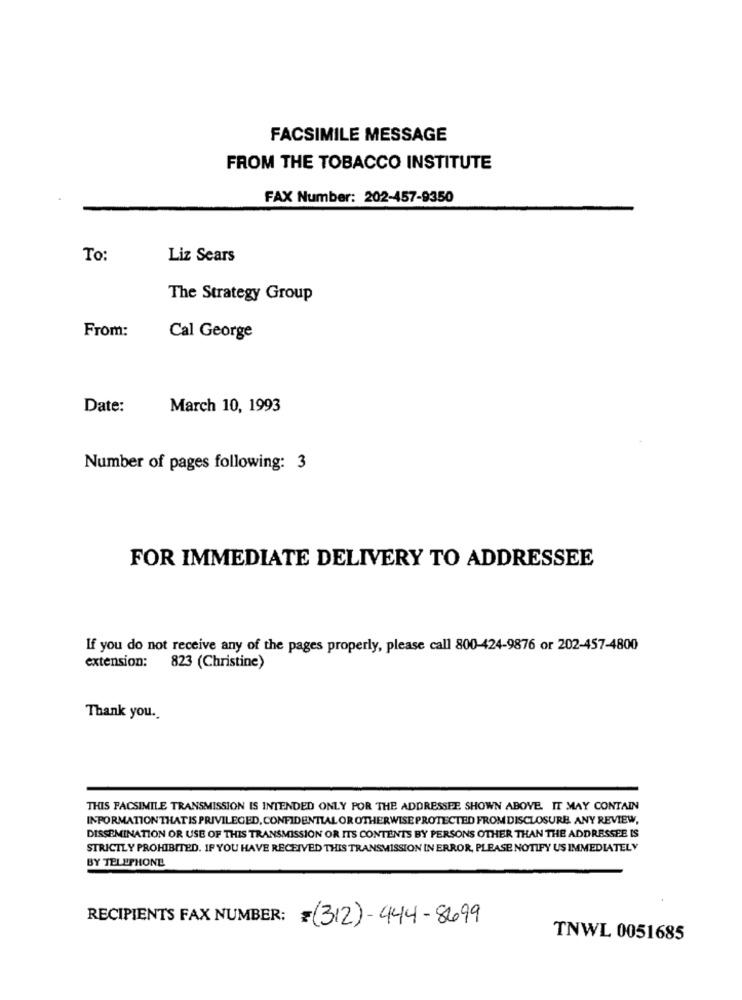
FACSIMILE MESSAGE
FROM THE TOBACCO INSTITUTE
FAX Number: 202-457-9350
To:
Liz Sears
The Strategy Group
From:
Cal George
Date:
March 10, 1993
Number of pages following: 3
FOR IMMEDIATE DELIVERY TO ADDRESSEE
If you do not receive any of the pages properly, please call 800-424-9876 or 202-457-4800
extension: 823 (Christine)
Thank you.
THIS FACSIMILE TRANSMISSION IS INTENDED ONLY FOR THE ADDRESSEE SHOWN ABOVE. IT MAY CONTAIN
INFORMATIONTHAT IS PRIVILEGED, CONFIDENTIAL OR OTHERWISE PROTECTED FROM DISCLOSURE ANY REVIEW,
DISSEMINATION OR USE OF THIS TRANSMISSION OR ITS CONTENTS BY PERSONS OTHER THAN THE ADDRESSEE IS
STRICTLY PROHIBITED. IF YOU HAVE RECEIVED THIS TRANSMISSION IN ERROR, PLEASE NOTIFY US IMMEDIATELY
BY TELEPHONE
RECIPIENTS FAX NUMBER: (312)-444-8699
TNWL 0051685